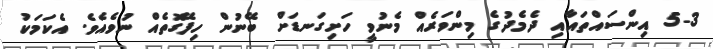
5-3 އިންސައްތައާއި ދެމެދުގެ މިންވަރެއް މެނުވީ ހަށިގަނޑަށް ބޭނުން ހިފޭގޮތެއް ނުވެއެވެ. އެކަމަކު